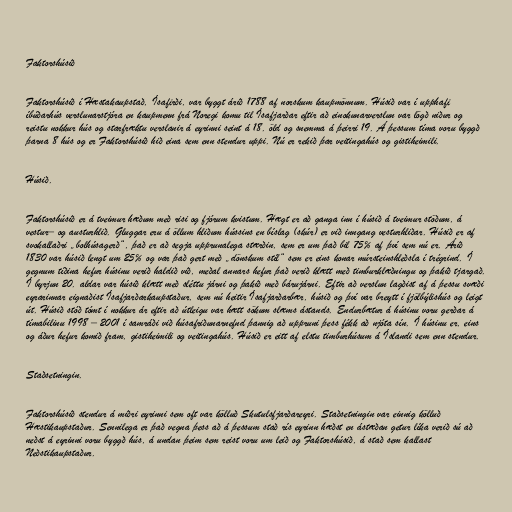
Faktorshúsið

Faktorshúsið í Hæstakaupstað, Ísafirði, var byggt árið 1788 af norskum kaupmönnum. Húsið var í upphafi
íbúðarhús verslunarstjóra en kaupmenn frá Noregi komu til Ísafjarðar eftir að einokunarverslun var lögð niður og
reistu nokkur hús og starfræktu verslanir á eyrinni seint á 18. öld og snemma á þeirri 19. Á þessum tíma voru byggð
þarna 8 hús og er Faktorshúsið hið eina sem enn stendur uppi. Nú er rekið þar veitingahús og gistiheimili.

Húsið.

Faktorshúsið er á tveimur hæðum með risi og fjórum kvistum. Hægt er að ganga inn í húsið á tveimur stöðum, á
vestur– og austurhlið. Gluggar eru á öllum hliðum hússins en bíslag (skúr) er við inngang vesturhliðar. Húsið er af
svokallaðri „bolhúsagerð“, það er að segja upprunalega stærðin, sem er um það bil 75% af því sem nú er. Árið
1830 var húsið lengt um 25% og var það gert með „dönskum stíl“ sem er eins konar múrsteinshleðsla í trégrind. Í
gegnum tíðina hefur húsinu verið haldið við, meðal annars hefur það verið klætt með timburklæðningu og þakið tjargað.
Í byrjun 20. aldar var húsið klætt með sléttu járni og þakið með bárujárni. Eftir að verslun lagðist af á þessu svæði
eyrarinnar eignaðist Ísafjarðarkaupstaður, sem nú heitir Ísafjarðarbær, húsið og því var breytt í fjölbýlishús og leigt
út. Húsið stóð tómt í nokkur ár eftir að útleigu var hætt sökum slæms ástands. Endurbætur á húsinu voru gerðar á
tímabilinu 1998 – 2001 í samráði við húsafriðunarnefnd þannig að uppruni þess fékk að njóta sín. Í húsinu er, eins
og áður hefur komið fram, gistiheimili og veitingahús. Húsið er eitt af elstu timburhúsum á Íslandi sem enn stendur.

Staðsetningin.

Faktorshúsið stendur á miðri eyrinni sem oft var kölluð Skutulsfjarðareyri. Staðsetningin var einnig kölluð
Hæstikaupstaður. Sennilega er það vegna þess að á þessum stað rís eyrinn hæðst en ástæðan getur líka verið sú að
neðst á eyrinni voru byggð hús, á undan þeim sem reist voru um leið og Faktorshúsið, á stað sem kallast
Neðstikaupstaður.